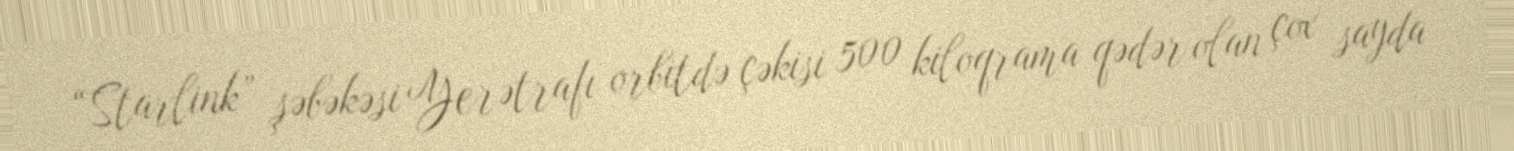
“Starlink” şəbəkəsi Yerətrafı orbitdə çəkisi 500 kiloqrama qədər olan çox sayda